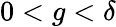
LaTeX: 0<g<\delta